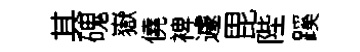
其磈嶽僥裨遽毘陛蹊